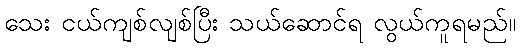
သေး ငယ်ကျစ်လျစ်ပြီး သယ်ဆောင်ရ လွယ်ကူရမည်။